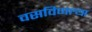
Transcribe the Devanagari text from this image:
वसविणार्‍या